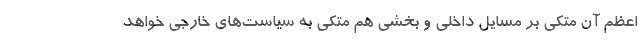
اعظم آن متکی بر مسایل داخلی و بخشی هم متکی به سیاست‌های خارجی خواهد